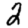
Digit: 2